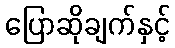
ပြောဆိုချက်နှင့်